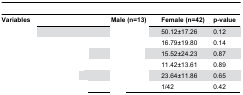
<table><thead><tr><td><b>Variables</b></td><td><b>Male (n=13)</b></td><td><b>Female (n=42)</b></td><td><b>p-value</b></td></tr></thead><tbody><tr><td>[EMPTY_CELL]</td><td>[EMPTY_CELL]</td><td>50.12±17.26</td><td>0.12</td></tr><tr><td>[EMPTY_CELL]</td><td>[EMPTY_CELL]</td><td>16.79±19.80</td><td>0.14</td></tr><tr><td>[EMPTY_CELL]</td><td>[EMPTY_CELL]</td><td>15.52±24.23</td><td>0.87</td></tr><tr><td>[EMPTY_CELL]</td><td>[EMPTY_CELL]</td><td>11.42±13.61</td><td>0.89</td></tr><tr><td>[EMPTY_CELL]</td><td>[EMPTY_CELL]</td><td>23.64±11.86</td><td>0.65</td></tr><tr><td>[EMPTY_CELL]</td><td>[EMPTY_CELL]</td><td>1/42</td><td>0.42</td></tr></tbody></table>